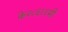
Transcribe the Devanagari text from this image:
के२८६११मी